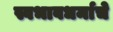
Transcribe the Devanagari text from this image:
स्वभावधर्माचे